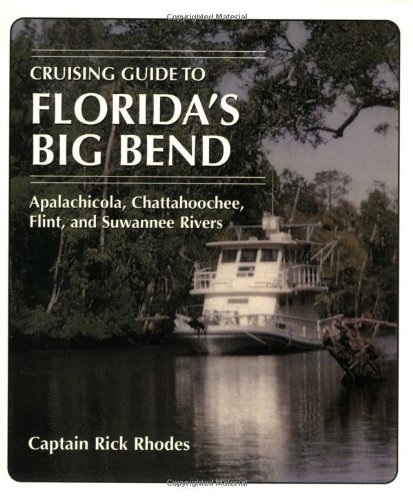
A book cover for Cruising Guide to Florida's Big Bend; Captain Rick Rhodes; Travel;